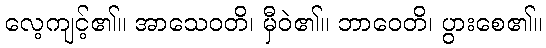
လေ့ကျင့်၏။ အာသေဝတိ၊ မှီဝဲ၏။ ဘာဝေတိ၊ ပွားစေ၏။